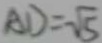
A D = \sqrt { 5 }